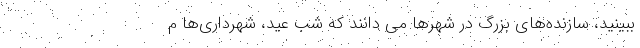
ببینید، سازنده‌های بزرگ در شهرها می دانند که شب عید، شهرداری‌ها م